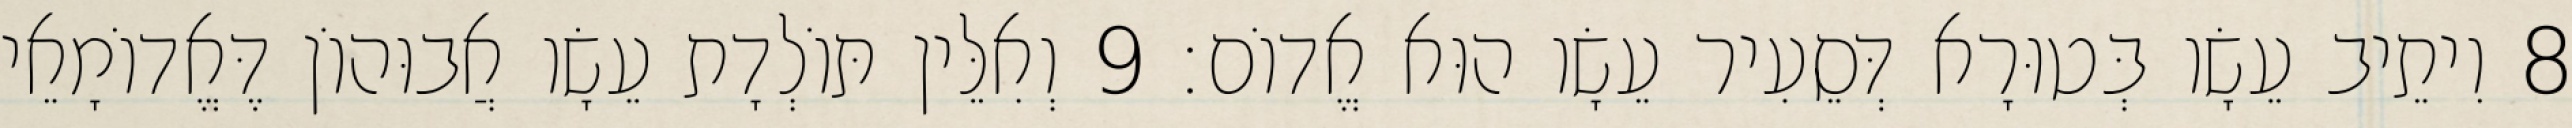
8 וִיתֵיב עֵשָׂו בְּטוּרָא דְּסֵעִיר עֵשָׂו הוּא אֱדוֹם׃ 9 וְאִלֵּין תּוֹלְדָת עֵשָׂו אֲבוּהוֹן דֶּאֱדוֹמָאֵי